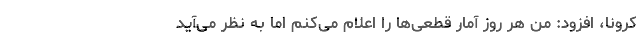
کرونا، افزود: من هر روز آمار قطعی‌ها را اعلام می‌کنم اما به نظر می‌آید